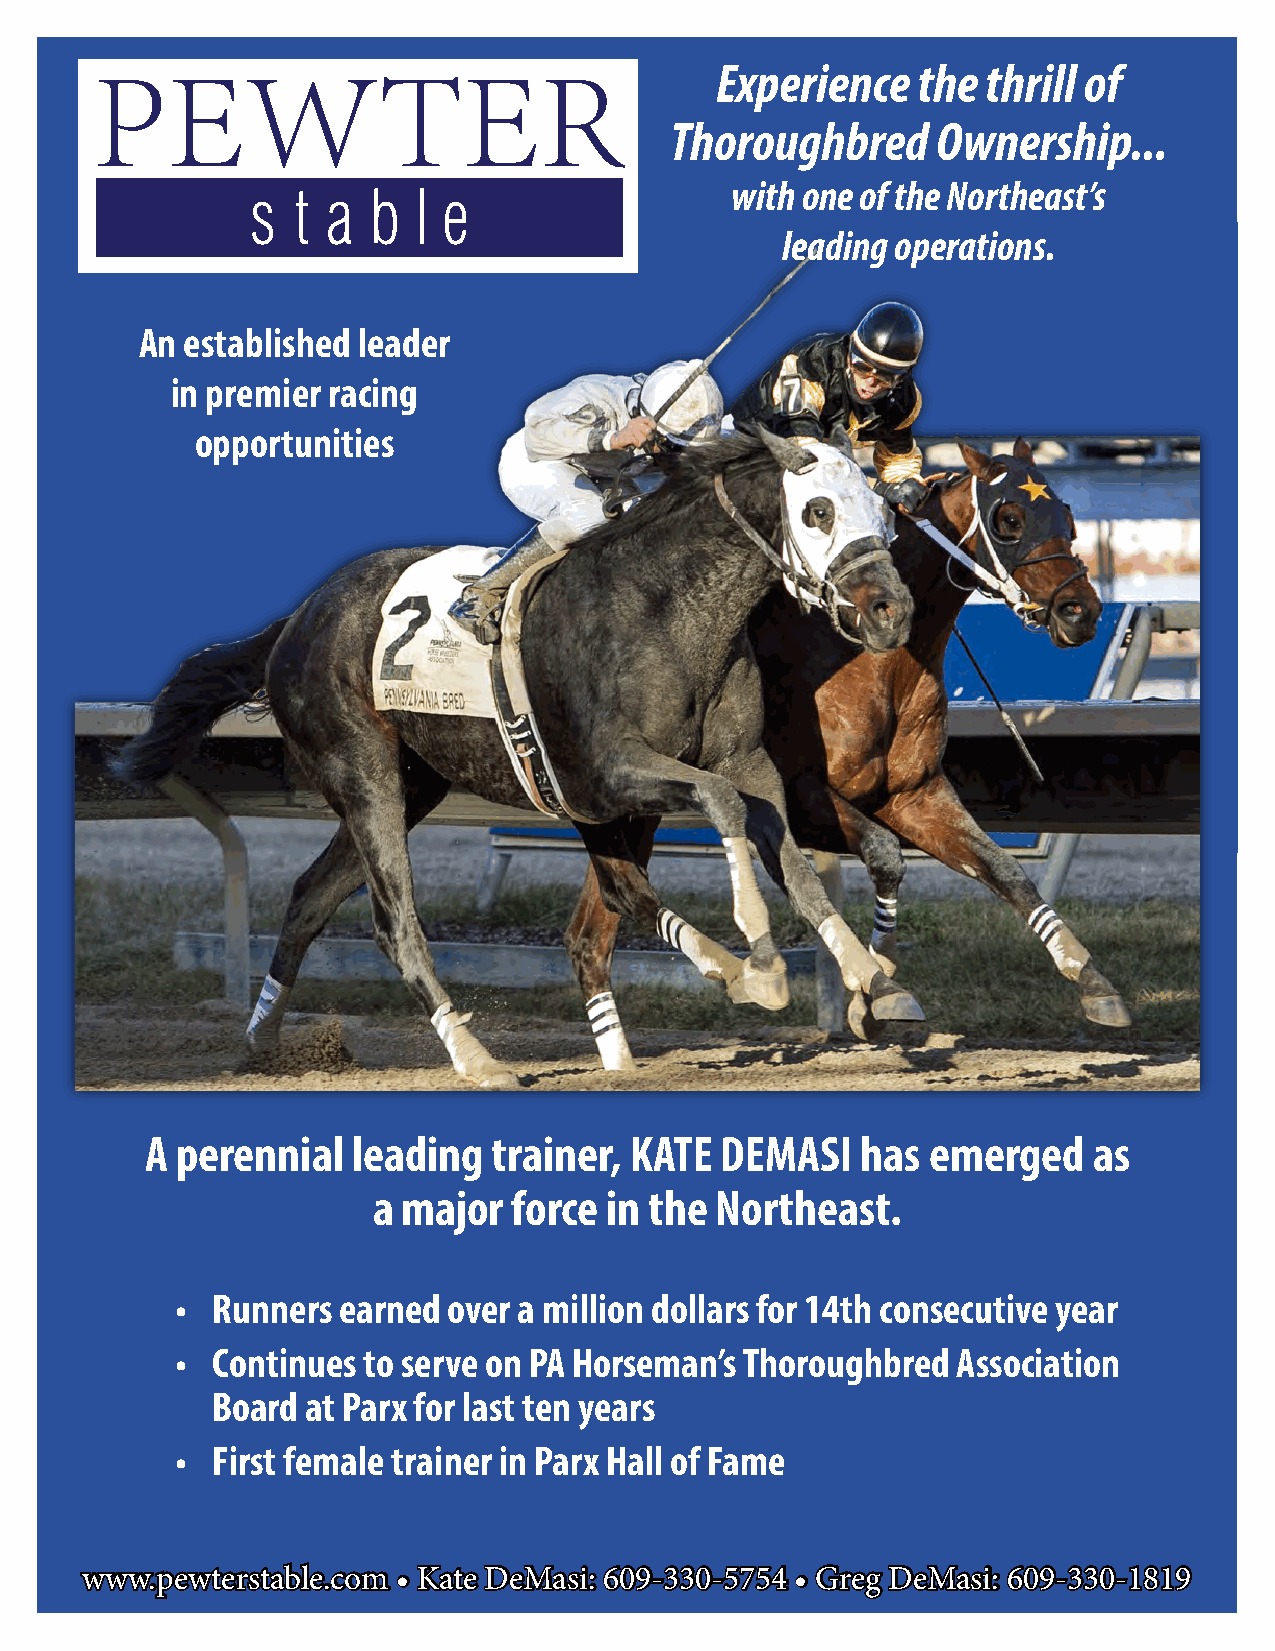
PEWTER                                   Experience    the thrill of
 Thoroughbred      Ownership...
 with one of the Northeast’s
 s t  a  b l e
 leading operations.
 An established leader
 in premier racing
 opportunities
 A perennial  leading   trainer, KATE  DEMASI   has emerged    as
 a major  force in the Northeast.
 • Runners earned  over a million dollars for 14th consecutive year
 • Continues to serve on PA Horseman’s Thoroughbred Association
 Board at Parx for last ten years
 • First female trainer in Parx Hall of Fame
 www.pewterstable.com • Kate DeMasi: 609-330-5754 • Greg DeMasi: 609-330-1819